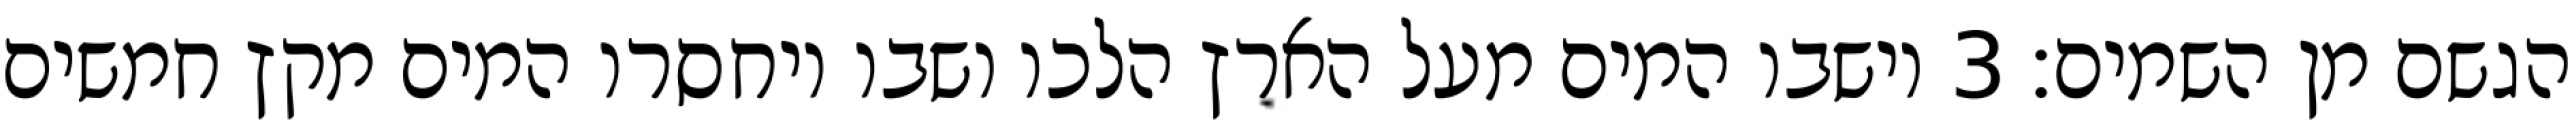
הגשם מן השמים׃ ‎3‏ וישבו המים מעל הארץ הלכו ושבו ויחסרו המים מקץ חמשים